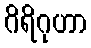
ဂိရိဂုဟာ